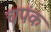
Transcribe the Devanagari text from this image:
चपंक